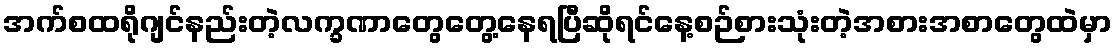
အက်စထရိုဂျင်နည်းတဲ့လက္ခဏာတွေတွေ့နေရပြီဆိုရင်နေ့စဉ်စားသုံးတဲ့အစားအစာတွေထဲမှာ